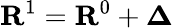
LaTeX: {\mathbf R}^{1}={\mathbf R}^{0}+{\mathbf\Delta}